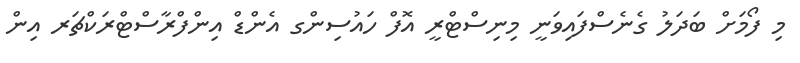
މި ފޯމަށް ބަދަލު ގެނެސްފައިވަނީ މިނިސްޓްރީ އޮފް ހައުސިންގ އެންޑް އިންފްރާސްޓްރަކްޗަރ އިން